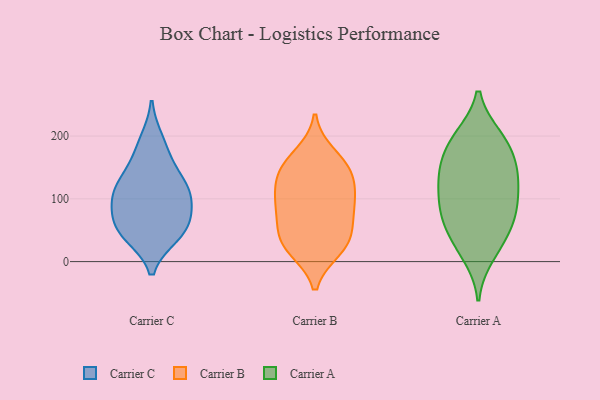
{"axis": {"x": "Backlog", "y": "Value"}, "legend": ["Carrier A", "Carrier B", "Carrier C"], "data": [{"x": "", "y": 80, "type": "Carrier C"}, {"x": "", "y": 111, "type": "Carrier C"}, {"x": "", "y": 46, "type": "Carrier C"}, {"x": "", "y": 58, "type": "Carrier C"}, {"x": "", "y": 109, "type": "Carrier C"}, {"x": "", "y": 50, "type": "Carrier C"}, {"x": "", "y": 193, "type": "Carrier C"}, {"x": "", "y": 168, "type": "Carrier C"}, {"x": "", "y": 42, "type": "Carrier C"}, {"x": "", "y": 132, "type": "Carrier C"}, {"x": "", "y": 123, "type": "Carrier C"}, {"x": "", "y": 93, "type": "Carrier C"}, {"x": "", "y": 93, "type": "Carrier B"}, {"x": "", "y": 137, "type": "Carrier B"}, {"x": "", "y": 20, "type": "Carrier B"}, {"x": "", "y": 97, "type": "Carrier B"}, {"x": "", "y": 80, "type": "Carrier B"}, {"x": "", "y": 155, "type": "Carrier B"}, {"x": "", "y": 30, "type": "Carrier B"}, {"x": "", "y": 97, "type": "Carrier B"}, {"x": "", "y": 54, "type": "Carrier B"}, {"x": "", "y": 41, "type": "Carrier B"}, {"x": "", "y": 131, "type": "Carrier B"}, {"x": "", "y": 144, "type": "Carrier B"}, {"x": "", "y": 170, "type": "Carrier B"}, {"x": "", "y": 22, "type": "Carrier B"}, {"x": "", "y": 169, "type": "Carrier A"}, {"x": "", "y": 31, "type": "Carrier A"}, {"x": "", "y": 139, "type": "Carrier A"}, {"x": "", "y": 39, "type": "Carrier A"}, {"x": "", "y": 145, "type": "Carrier A"}, {"x": "", "y": 130, "type": "Carrier A"}, {"x": "", "y": 70, "type": "Carrier A"}, {"x": "", "y": 11, "type": "Carrier A"}, {"x": "", "y": 138, "type": "Carrier A"}, {"x": "", "y": 105, "type": "Carrier A"}, {"x": "", "y": 191, "type": "Carrier A"}, {"x": "", "y": 196, "type": "Carrier A"}, {"x": "", "y": 75, "type": "Carrier A"}, {"x": "", "y": 198, "type": "Carrier A"}, {"x": "", "y": 77, "type": "Carrier A"}, {"x": "", "y": 90, "type": "Carrier A"}]}